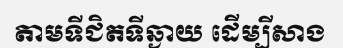
តាមទីជិតទីឆ្ងាយ ដើម្បីសាង